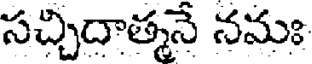
సచ్చిదాత్మనే నమః